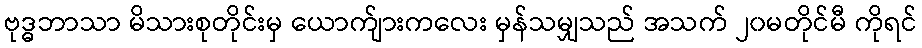
ဗုဒ္ဓဘာသာ မိသားစုတိုင်းမှ ယောက်ျားကလေး မှန်သမျှသည် အသက် ၂၀မတိုင်မီ ကိုရင်